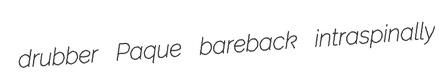
drubber Paque bareback intraspinally